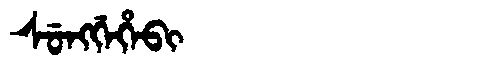
Manchu: ᠰᡠᠩᡤᡝᡥᡝᠪᡳ
Romanization: SUNGGEHEBI